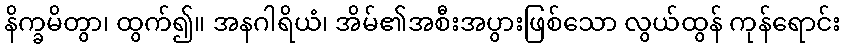
နိက္ခမိတွာ၊ ထွက်၍။ အနဂါရိယံ၊ အိမ်၏အစီးအပွားဖြစ်သော လွယ်ထွန် ကုန်ရောင်း